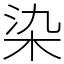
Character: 染